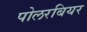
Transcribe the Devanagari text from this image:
पोलरबियर